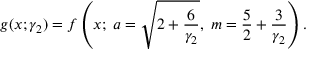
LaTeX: g ( x ; \gamma _ { 2 } ) = f \left( x ; \; a = { \sqrt { 2 + { \frac { 6 } { \gamma _ { 2 } } } } } , \; m = { \frac { 5 } { 2 } } + { \frac { 3 } { \gamma _ { 2 } } } \right) .